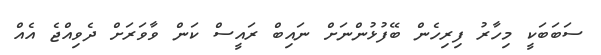
ސަބަބަކީ މިހާރު ފިރިހެން ބޭފުޅުންނަށް ނައިބް ރައީސް ކަން ވާވަރަށް ދެވިއްޖެ އެއް